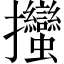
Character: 𢺳